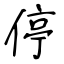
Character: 停